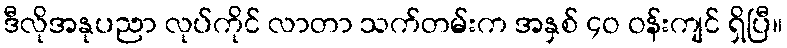
ဒီလိုအနုပညာ လုပ်ကိုင် လာတာ သက်တမ်းက အနှစ် ၄ဝ ဝန်းကျင် ရှိပြီ။